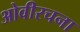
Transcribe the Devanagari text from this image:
ओवीरचना